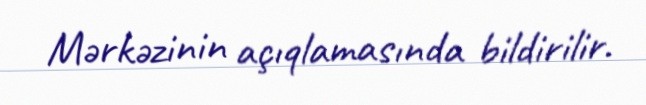
Mərkəzinin açıqlamasında bildirilir.